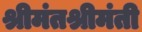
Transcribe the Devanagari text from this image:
श्रीमंतश्रीमंती